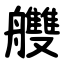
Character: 艭